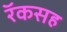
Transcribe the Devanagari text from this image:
रॅकसह